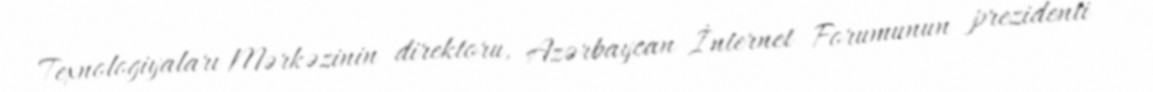
Texnologiyaları Mərkəzinin direktoru, Azərbaycan İnternet Forumunun prezidenti